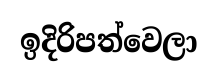
ඉදිරිපත්වෙලා